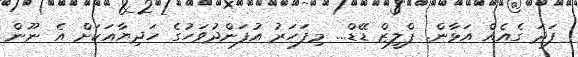
ފަދަ ގެއެއް އަޅާން. ޕްލީޒް ޑޭޑް... މިފަހަރު އުފަންދުވަހުގެ ހަދިޔާއަކަށް އެ ނޫން